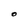
Character: O